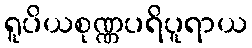
ရူပိယစုဏ္ဏပရိပူရာယ